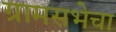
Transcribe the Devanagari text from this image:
ग्रामसभेचा